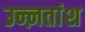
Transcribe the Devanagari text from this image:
उन्ऩतांश